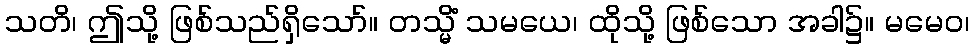
သတိ၊ ဤသို့ ဖြစ်သည်ရှိသော်။ တသ္မိံ သမယေ၊ ထိုသို့ ဖြစ်သော အခါ၌။ မမေဝ၊